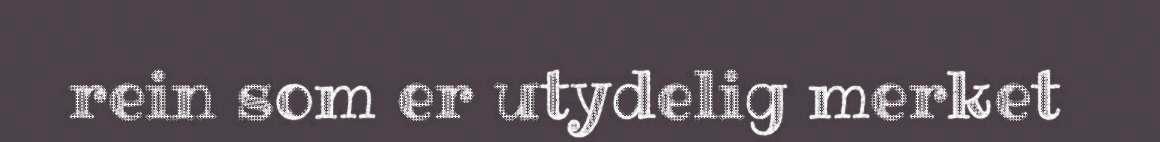
rein som er utydelig merket